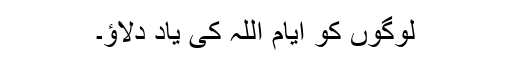
لوگوں کو ایام اللہ کی یاد دلاؤ۔